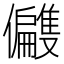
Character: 𫤑